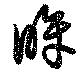
眸